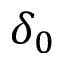
\delta _ { 0 }